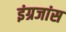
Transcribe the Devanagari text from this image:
इंग्रजांस